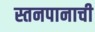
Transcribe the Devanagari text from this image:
स्तनपानाची